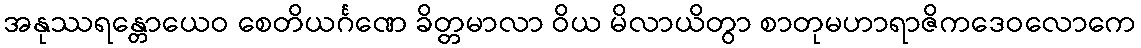
အနုဿရန္တောယေဝ စေတိယင်္ဂဏေ ခိတ္တမာလာ ဝိယ မိလာယိတွာ စာတုမဟာရာဇိကဒေဝလောကေ